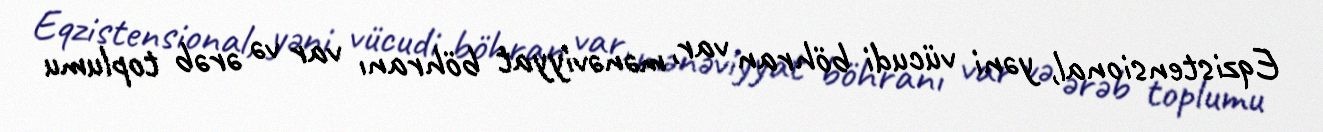
Eqzistensional, yəni vücudi böhran var, mənəviyyat böhranı var və ərəb toplumu